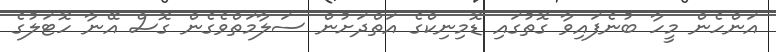
އަންހެން މީހާ ބުނެފައިވާ ގޮތުގައި ޑޮމިނިކްގެ އަތްދަށުން ސަލާމަތްވެގެން ގޮސް އޭނާ ހޮޓަލުގެ